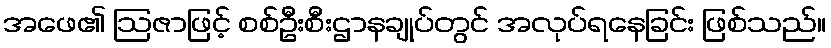
အဖေ၏ ဩဇာဖြင့် စစ်ဦးစီးဌာနချုပ်တွင် အလုပ်ရနေခြင်း ဖြစ်သည်။